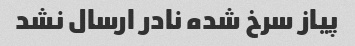
پیاز سرخ شده نادر ارسال نشد